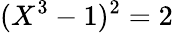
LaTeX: (X^{3}-1)^{2}=2